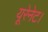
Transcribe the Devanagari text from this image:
यूरेनेट।